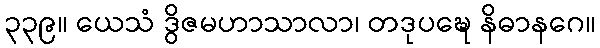
၃၃၉။ ယေသံ ဒွိဇမဟာသာလာ၊ တဒုပဍ္ဎေ နိဓာနဂေ။